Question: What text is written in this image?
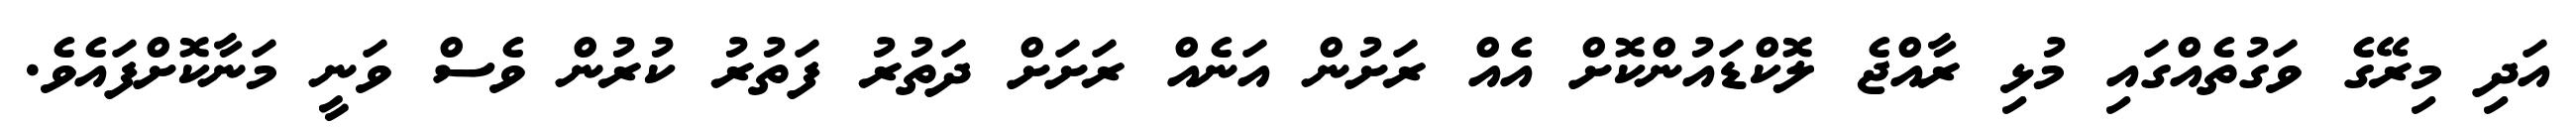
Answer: އަދި މިރޭގެ ވަގުތެއްގައި މުޅި ރާއްޖެ ލޮކްޑައުންކޮށް އެއް ރަށުން އަނެއް ރަށަށް ދަތުރު ފަތުރު ކުރުން ވެސް ވަނީ މަނާކޮށްފައެވެ.